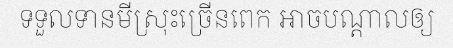
ទទួលទានមីស្រុះច្រើនពេក អាចបណ្តាលឲ្យ